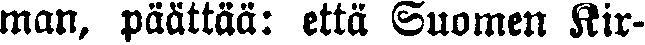
man, päättää: että Suomen Kir-